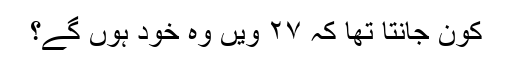
کون جانتا تھا کہ ۲۷ ویں وہ خود ہوں گے؟